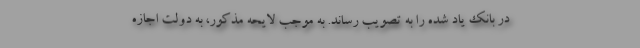
در بانک یاد شده را به تصویب رساند. به موجب لایحه مذکور، به دولت اجازه